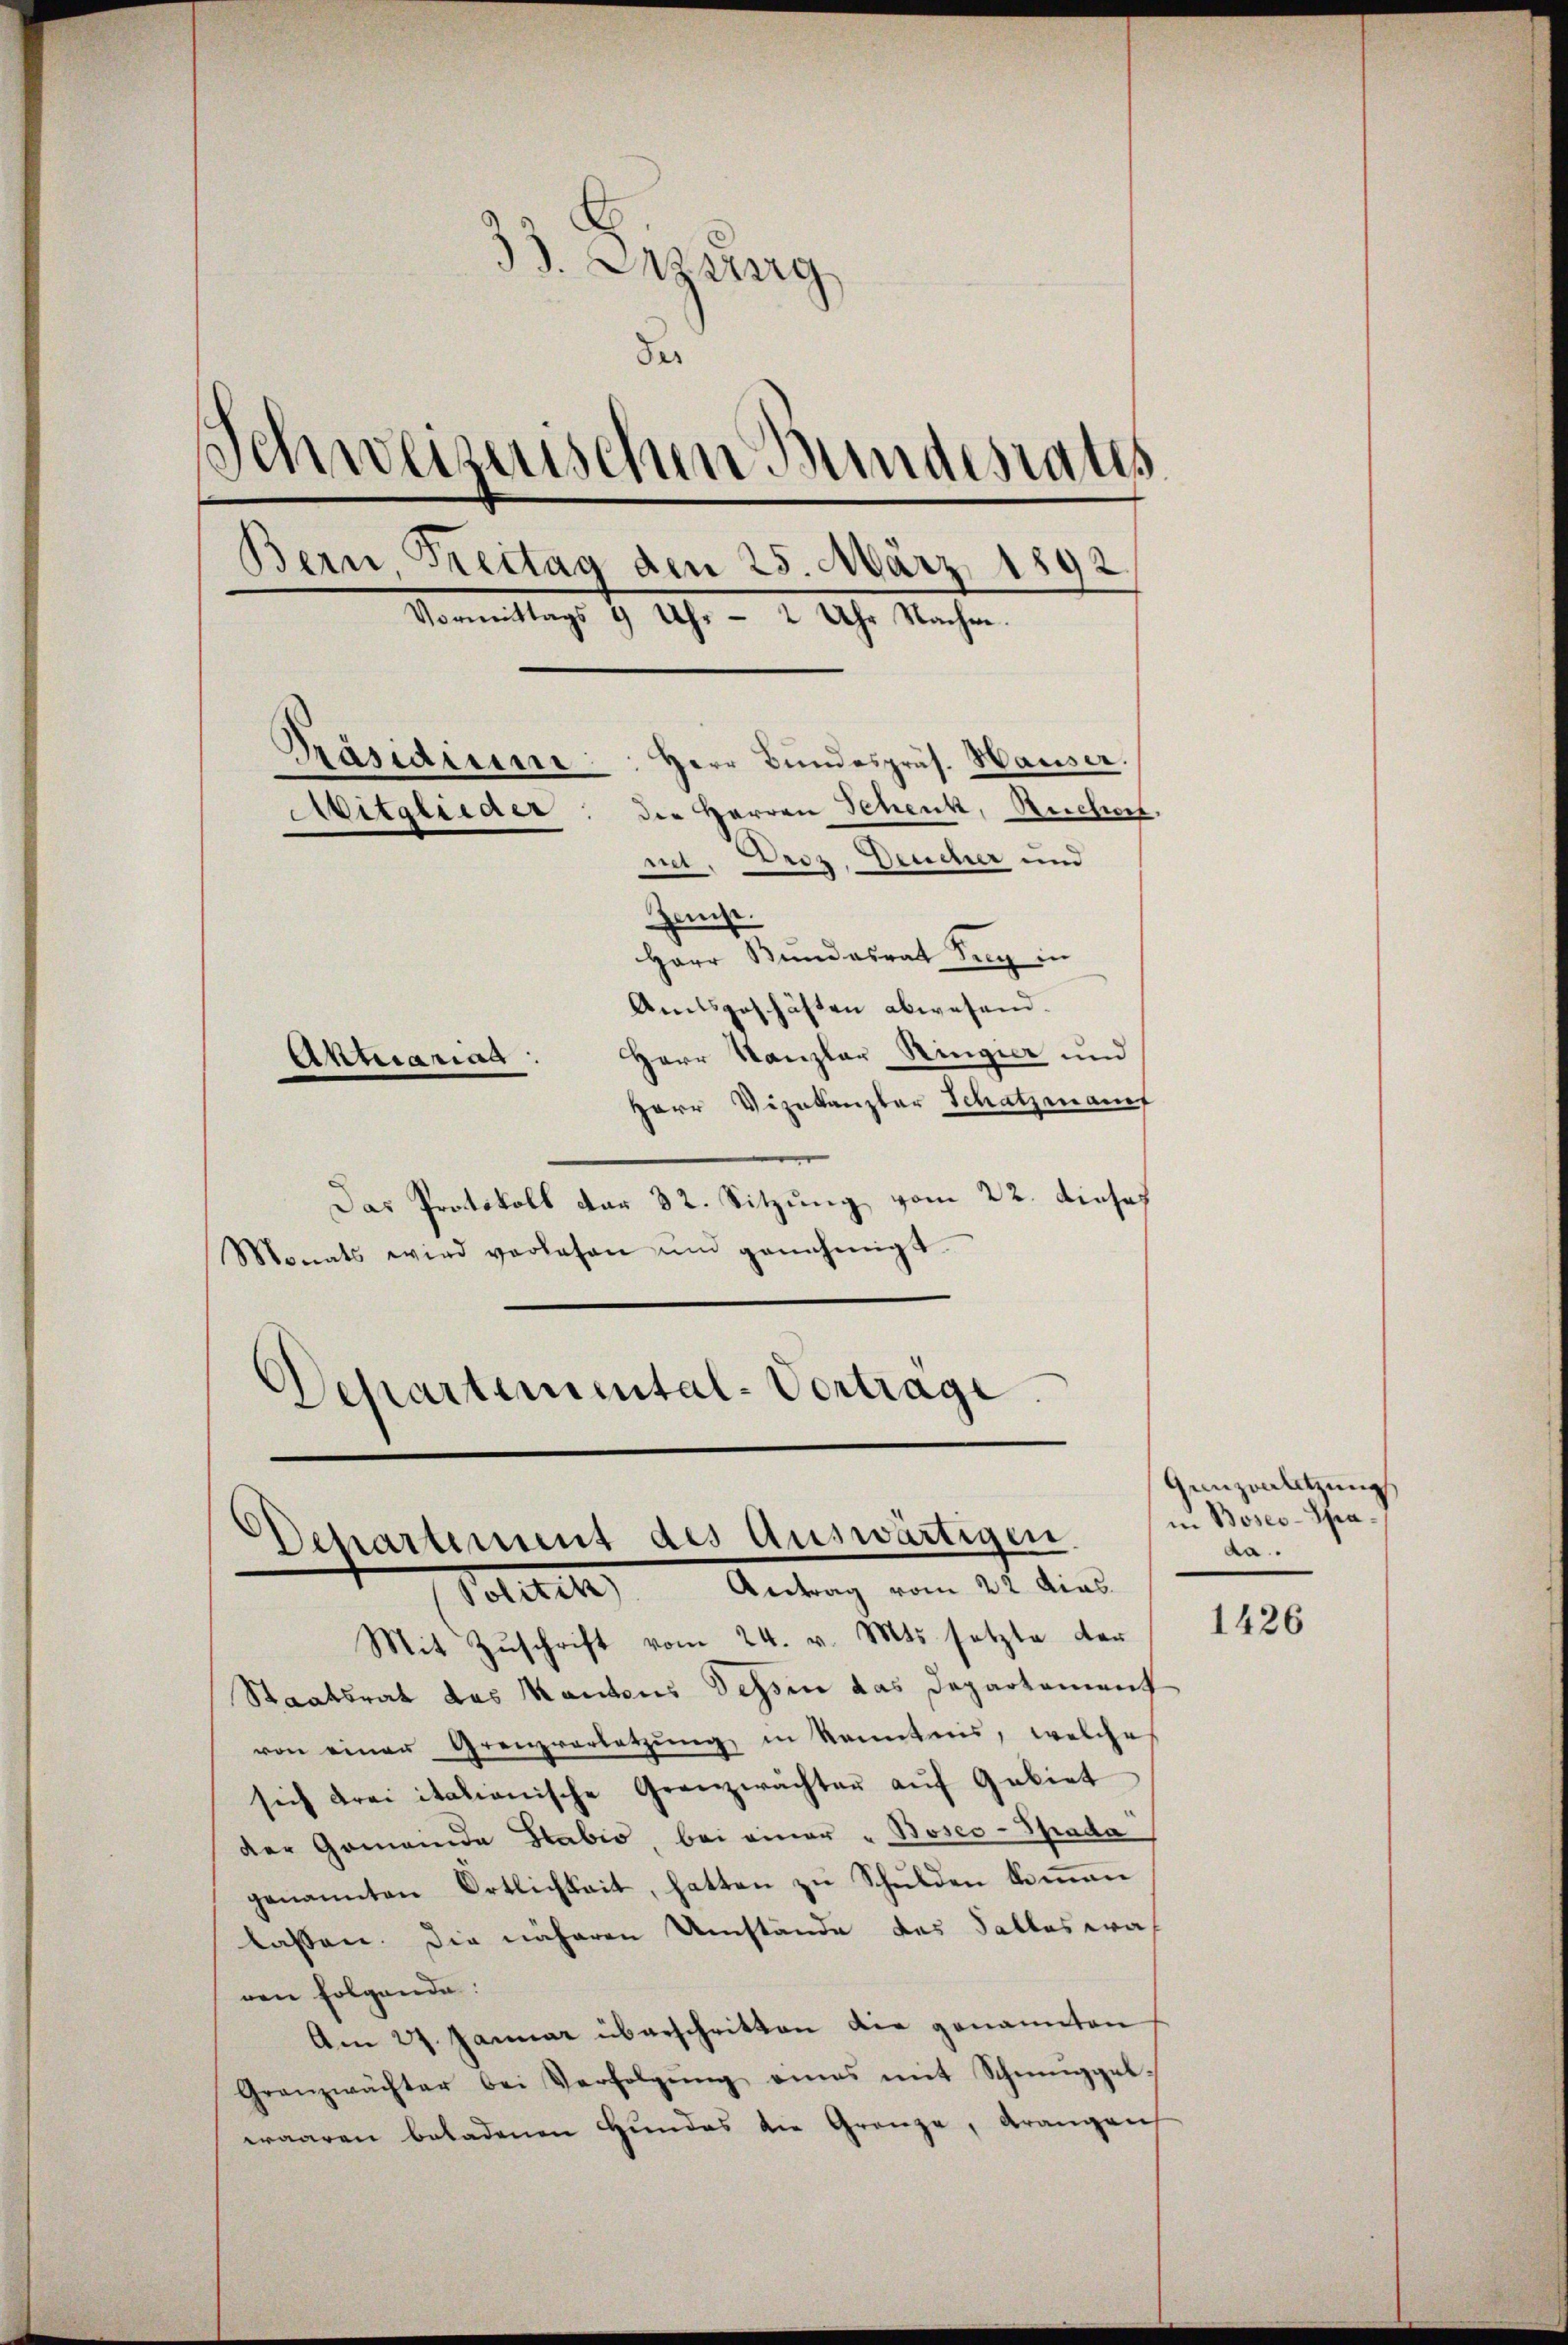
33. Anzeig
der
Schweizerischen Bundesrates
Bern, Treitag den 25. März 1892
Vormittags 9 Uhr - 2 Uhr Nachwe¬
Präsidium. Herr Bundespräs. Hauser.
der Herren Schenk, Ruchen.
Mitglieder
iet. Droz. Deucher und
ane
Herr Bundesrat drey in
Amtsgeschäften abwesend.
Herr Kanzler Ringier und
Aktuariat
Herr Vizekanzler Schatzmannt

Das Protokoll dar 32. Sitzung vom 22. dieses
Monats wird verlesen ŭnd genehmigt.
Departemental-Vortrage.

Deparament des Auswärtigen.
Politik. Antrag vom 22 dies.

Mit Zuschrift vom 24. v. Mts. setzte der
Staatsrat des Kantons Tessin das Departament
von einer Grenzverletzŭng in Kenntnis, welche
sich drei italionische Grenzwachter aŭf Gebiet
der Gemeinde Stabio bei einer „Boseo-Spada
genannten Ortlichkeit, hatten zu Schulden kommen
lassen. Die näheren Umstände des Falles was
ren folgende:
Am 27. Januar überschritten die genannten
Granzwächter bei Verfolgung eines mit Schmuggelwaaren beladenen Hundes die Grenze, Arangen

Ganzenletzung
in Boseo-Spada.

1426